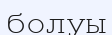
болуы